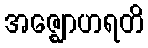
အဇ္ဈောဟရတိ